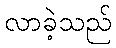
လာခဲ့သည်